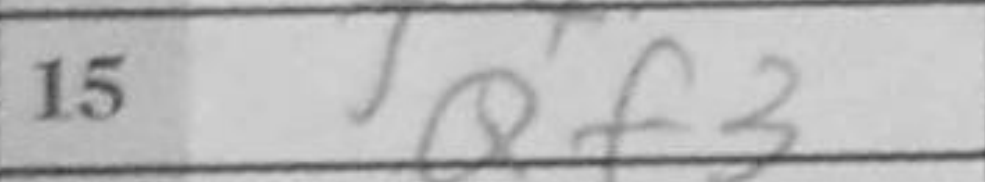
Transcription: Qf3